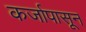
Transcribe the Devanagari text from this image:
कर्जापासून